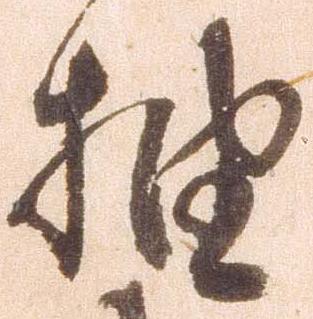
抽